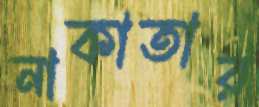
নাকাতার